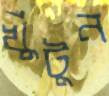
খুঁটুন